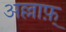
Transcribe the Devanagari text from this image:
अल्लाफ़्‌